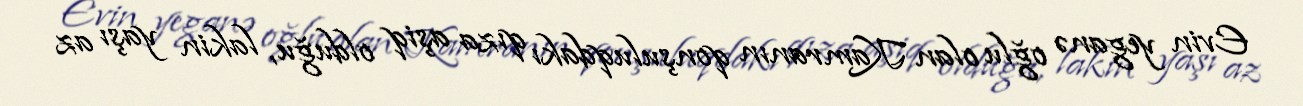
Evin yeganə oğlu olan Kamranın qonşuluqdakı qıza aşiq olduğu, lakin yaşı az